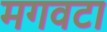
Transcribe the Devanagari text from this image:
मगवटा